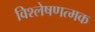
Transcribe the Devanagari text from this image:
विश्लेषणत्मक